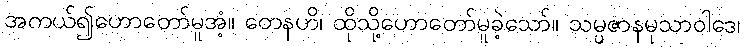
အကယ်၍ဟောတော်မူအံ့။ တေနဟိ၊ ထိုသို့ဟောတော်မူခဲ့သော်။ သမ္ပဇာနမုသာဝါဒေ၊